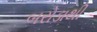
બરોડાથી